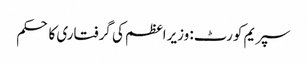
سپریم کورٹ: وزیراعظم کی گرفتاری کا حکم